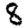
Digit: 8